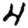
Digit: 4